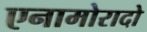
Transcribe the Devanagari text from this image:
एनामोरादो